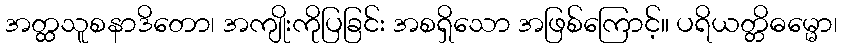
အတ္ထသူစနာဒိတော၊ အကျိုးကိုပြခြင်း အစရှိသော အဖြစ်ကြောင့်။ ပရိယတ္တိဓမ္မော၊